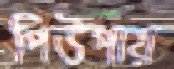
পিউপায়